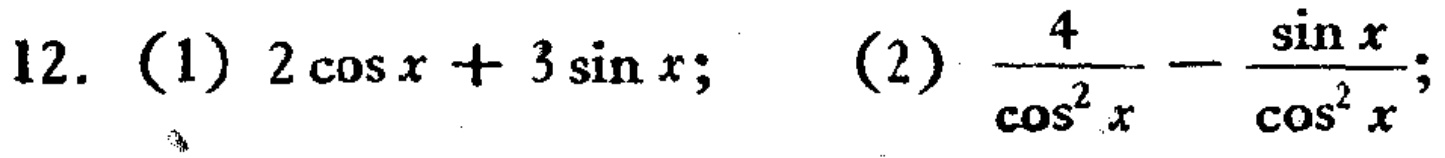
12. (1) \(2\cos x + 3\sin x\); (2) \(\frac{4}{\cos^{2}x}-\frac{\sin x}{\cos^{2}x}\)